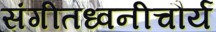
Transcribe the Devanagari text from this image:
संगीतध्वनीचौर्य